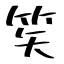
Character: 笶